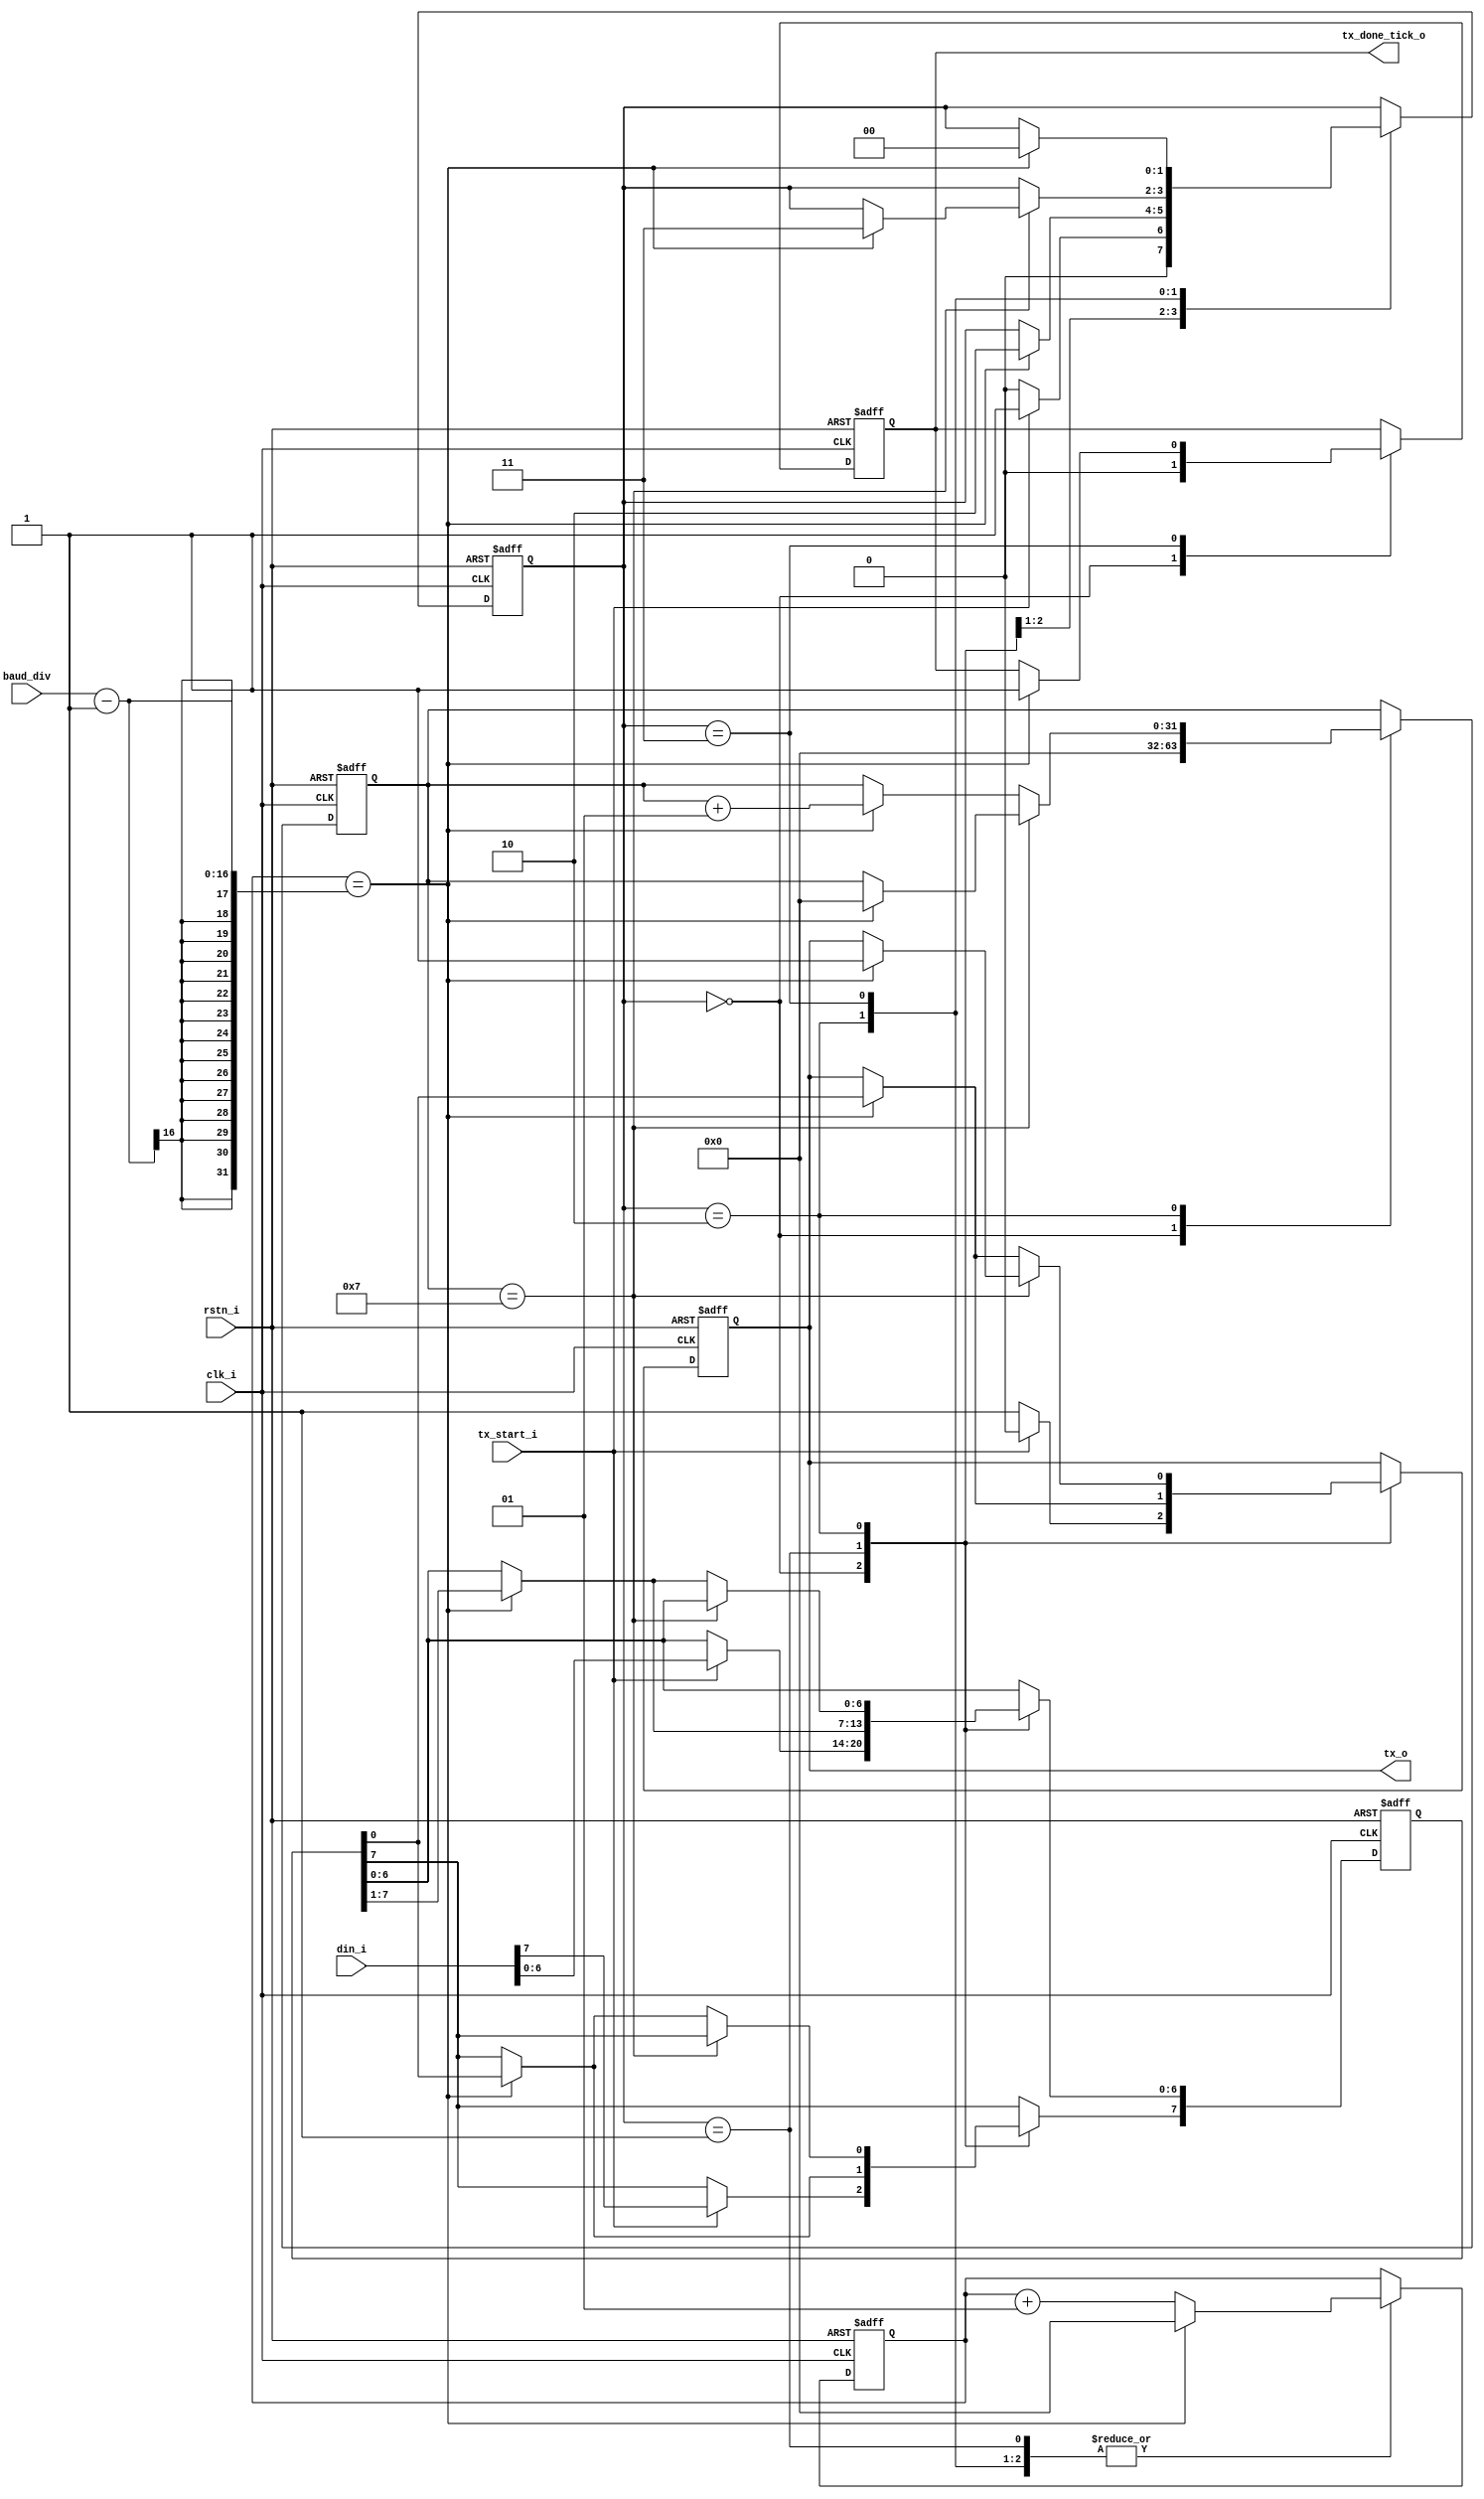
`timescale 1ns / 1ps

module uart_tx (
   input  wire          clk_i,
   input  wire          rstn_i,
   input  wire  [7:0]   din_i,
   input  wire  [15:0]  baud_div, // clkfreq/baudrate as input
   input  wire          tx_start_i,
   output reg           tx_o,
   output reg           tx_done_tick_o
);

   parameter S_IDLE    = 2'b00;
   parameter S_START   = 2'b01;
   parameter S_DATA    = 2'b10;
   parameter S_STOP    = 2'b11;

   reg [1:0]    state = 0;

   integer bittimer = 0;
   integer bitcntr = 0;
   reg [7:0] shreg = 0;


   always @(posedge clk_i, negedge rstn_i) begin
      if (!rstn_i) begin
         state             <= S_IDLE;
         tx_o              <= 1'b1;         // Drive Line High for Idle
         tx_done_tick_o    <= 1'b0;
         bitcntr           <= 0;
         shreg             <= 8'h00;
         bittimer		      <= 0;
      end else begin
         case (state)
               S_IDLE: begin
                  tx_o            <= 1'b1;         // Drive Line High for Idle
                  tx_done_tick_o  <= 1'b0;
                  bitcntr         <= 0;

                  if (tx_start_i  == 1'b1) begin
                     tx_o        <= 1'b0;
                     shreg	    <= din_i;
                     state       <= S_START;
                  end else begin
                     state       <= S_IDLE;
                  end
               end // case: S_IDLE


               // Send out Start Bit. Start bit = 0
               S_START: begin
                  // Wait CLKS_PER_BIT-1 clock cycles for start bit to finish
                  if (bittimer == baud_div-1) begin
                     state			    <= S_DATA;
                     tx_o				<= shreg[0];
                     shreg[7]			<= shreg[0];
                     shreg[6:0]	        <= shreg[7:1];
                     bittimer			<= 0;
                  end else begin
                     bittimer			<= bittimer + 1;
                  end
               end // case: S_START

               // Wait CLKS_PER_BIT-1 clock cycles for data bits to finish
               S_DATA: begin
                  if (bitcntr == 7) begin
                     if (bittimer == baud_div-1) begin
                           bitcntr				<= 0;
                           state			    <= S_STOP;
                           tx_o				<= 1;
                           bittimer			<= 0;
                     end else begin
                           bittimer			<= bittimer + 1;
                     end
                  end else begin
                     // Check if we have sent out all bits
                     if (bittimer == baud_div-1) begin
                           shreg[7]			<= shreg[0];
                           shreg[6:0]     <= shreg[7:1];
                           tx_o				<= shreg[0];
                           bitcntr        <= bitcntr + 1;
                           bittimer			<= 0;
                     end else begin
                           bittimer			<= bittimer + 1;
                     end
                  end
               end // case: S_DATA

               // Send out Stop bit.  Stop bit = 1
               S_STOP  :
               begin
                  // Wait CLKS_PER_BIT-1 clock cycles for Stop bit to finish
                  if (bittimer == baud_div-1) begin // stop bit 1 olarak aldm // parameter c_stopbitlim = (c_clkfreq/c_baudrate)*c_stopbit; c_stopbit=baud_div=1
                     state			    <= S_IDLE;
                     tx_done_tick_o		<= 1;
                     bittimer			<= 0;
                  end else begin
                     bittimer			<= bittimer + 1;
                  end
               end // case: s_Tx_STOP_BIT

               default: begin
                  state <= S_IDLE;
               end
         endcase
      end

   end

endmodule